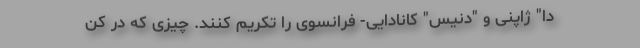
دا" ژاپنی و "دنیس" کانادایی- فرانسوی را تکریم کنند. چیزی که در کن